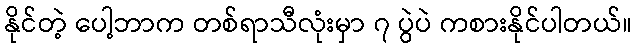
နိုင်တဲ့ ပေါ့ဘာက တစ်ရာသီလုံးမှာ ၇ ပွဲပဲ ကစားနိုင်ပါတယ်။